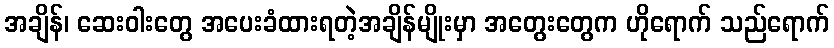
အချိန်၊ ဆေးဝါးတွေ အပေးခံထားရတဲ့အချိန်မျိုးမှာ အတွေးတွေက ဟိုရောက် သည်ရောက်